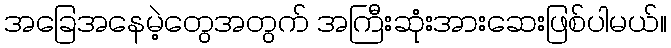
အခြေအနေမဲ့တွေအတွက် အကြီးဆုံးအားဆေးဖြစ်ပါမယ်။